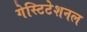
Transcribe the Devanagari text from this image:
गेस्टिटेशनल